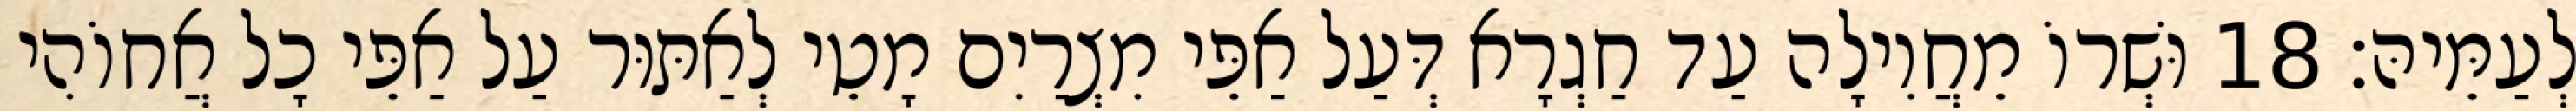
לְעַמֵּיהּ׃ 18 וּשְׁרוֹ מֵחֲוִילָה עַד חַגְרָא דְּעַל אַפֵּי מִצְרַיִם מָטֵי לְאַתּוּר עַל אַפֵּי כָל אֲחוֹהִי